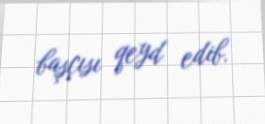
başçısı qeyd edib.